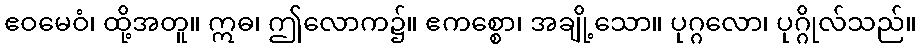
ဧဝမေဝံ၊ ထို့အတူ။ ဣဓ၊ ဤလောက၌။ ဧကစ္စော၊ အချို့သော။ ပုဂ္ဂလော၊ ပုဂ္ဂိုလ်သည်။